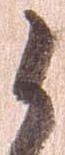
候